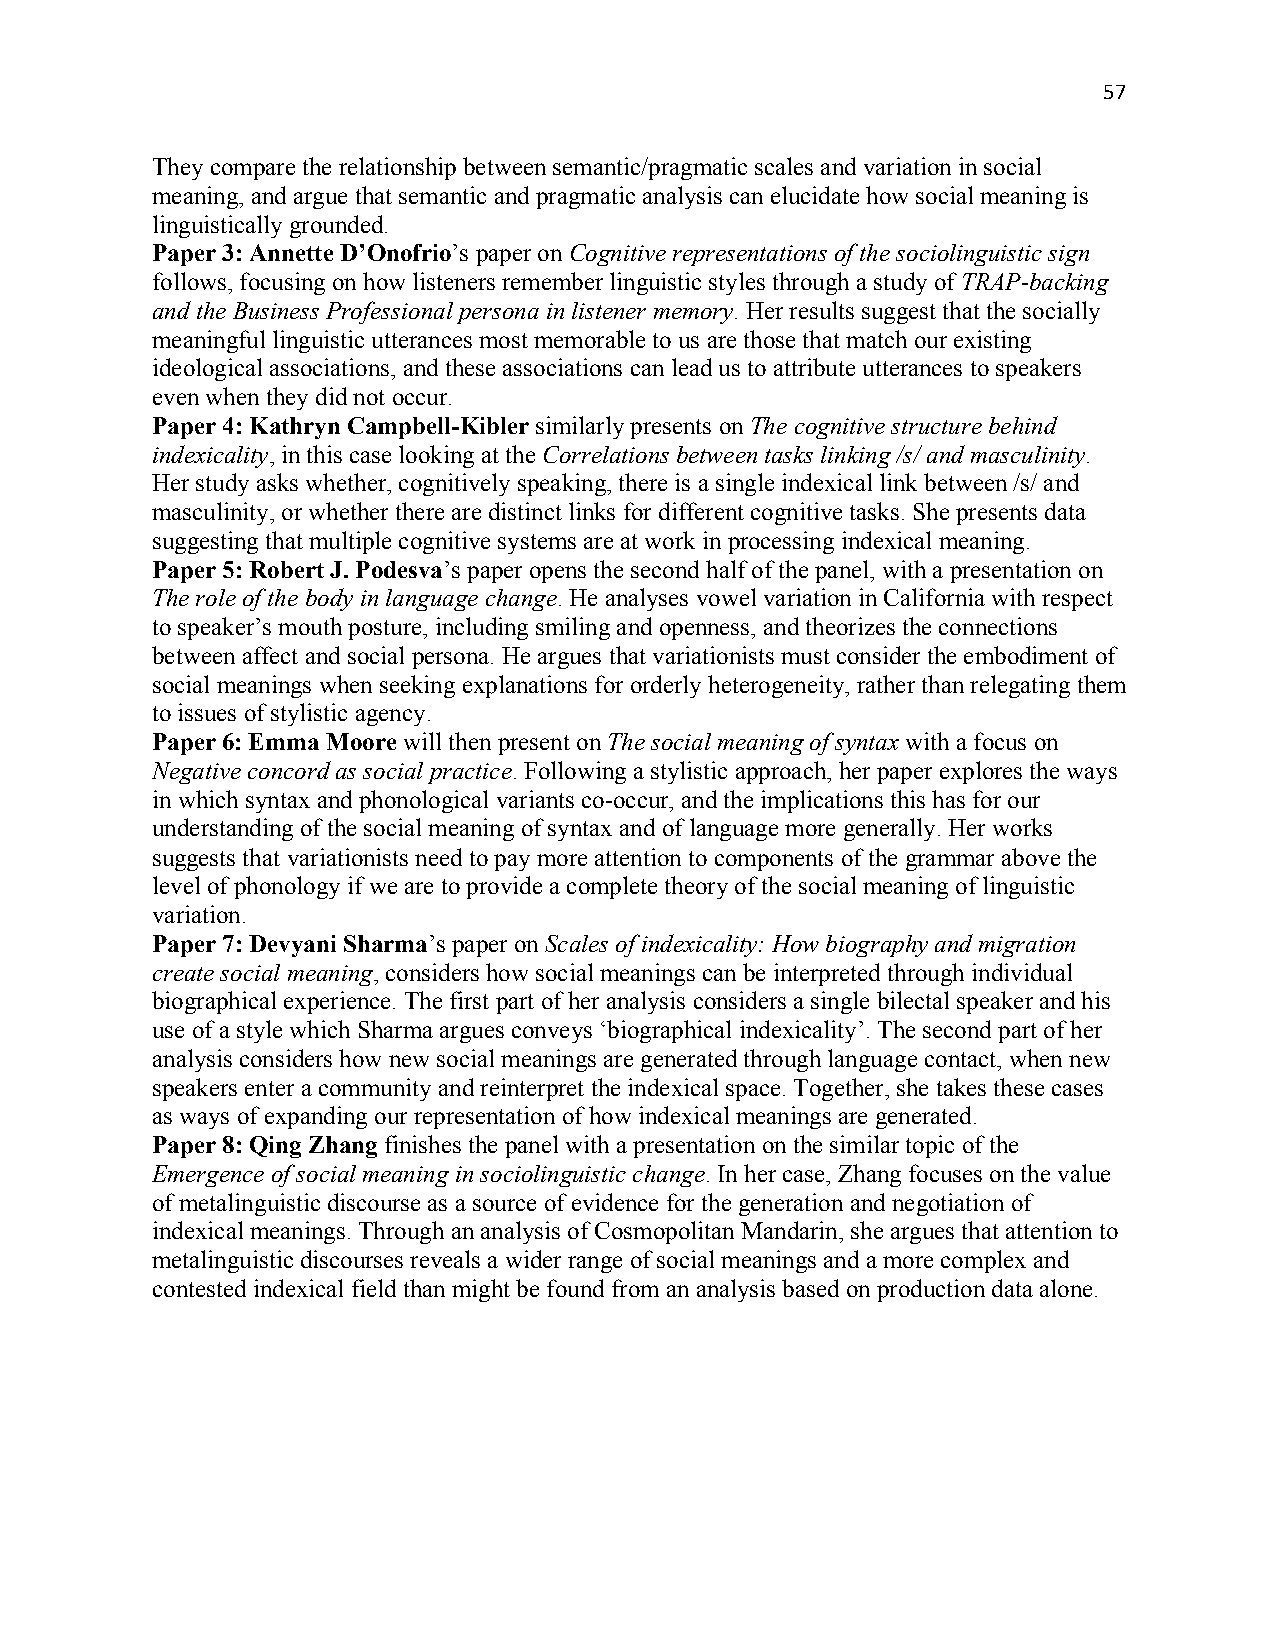
57
 They compare the relationship between semantic/pragmatic scales and variation in social
 meaning, and argue that semantic and pragmatic analysis can elucidate how social meaning is
 linguistically grounded.
 Paper 3: Annette D’Onofrio’s paper on Cognitive representations of the sociolinguistic sign
 follows, focusing on how listeners remember linguistic styles through a study of TRAP-backing
 and the Business Professional persona in listener memory. Her results suggest that the socially
 meaningful linguistic utterances most memorable to us are those that match our existing
 ideological associations, and these associations can lead us to attribute utterances to speakers
 even when they did not occur.
 Paper 4: Kathryn Campbell-Kibler similarly presents on The cognitive structure behind
 indexicality, in this case looking at the Correlations between tasks linking /s/ and masculinity.
 Her study asks whether, cognitively speaking, there is a single indexical link between /s/ and
 masculinity, or whether there are distinct links for different cognitive tasks. She presents data
 suggesting that multiple cognitive systems are at work in processing indexical meaning.
 Paper 5: Robert J. Podesva’s paper opens the second half of the panel, with a presentation on
 The role of the body in language change. He analyses vowel variation in California with respect
 to speaker’s mouth posture, including smiling and openness, and theorizes the connections
 between affect and social persona. He argues that variationists must consider the embodiment of
 social meanings when seeking explanations for orderly heterogeneity, rather than relegating them
 to issues of stylistic agency.
 Paper 6: Emma Moore will then present on The social meaning of syntax with a focus on
 Negative concord as social practice. Following a stylistic approach, her paper explores the ways
 in which syntax and phonological variants co-occur, and the implications this has for our
 understanding of the social meaning of syntax and of language more generally. Her works
 suggests that variationists need to pay more attention to components of the grammar above the
 level of phonology if we are to provide a complete theory of the social meaning of linguistic
 variation.
 Paper 7: Devyani Sharma’s paper on Scales of indexicality: How biography and migration
 create social meaning, considers how social meanings can be interpreted through individual
 biographical experience. The first part of her analysis considers a single bilectal speaker and his
 use of a style which Sharma argues conveys ‘biographical indexicality’. The second part of her
 analysis considers how new social meanings are generated through language contact, when new
 speakers enter a community and reinterpret the indexical space. Together, she takes these cases
 as ways of expanding our representation of how indexical meanings are generated.
 Paper 8: Qing Zhang finishes the panel with a presentation on the similar topic of the
 Emergence of social meaning in sociolinguistic change. In her case, Zhang focuses on the value
 of metalinguistic discourse as a source of evidence for the generation and negotiation of
 indexical meanings. Through an analysis of Cosmopolitan Mandarin, she argues that attention to
 metalinguistic discourses reveals a wider range of social meanings and a more complex and
 contested indexical field than might be found from an analysis based on production data alone.